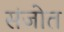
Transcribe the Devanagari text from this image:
संजोत